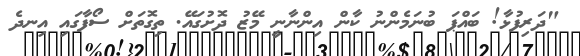
"ދަރިފުޅާ! ބައްޕަ ބުނަމެންނު ކާން އިންނާނީ މޭޒު ދޮށުގައޭ. ތިގޮތަށް ސޯފާގައި އިނދެ